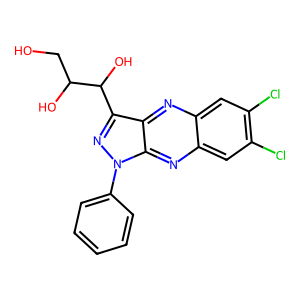
SMILES: OCC(O)C(O)c1nn(-c2ccccc2)c2nc3cc(Cl)c(Cl)cc3nc12
Inhibits HIV replication: No